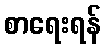
စာရေးရန်